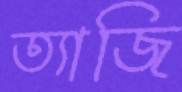
ত্যাজি